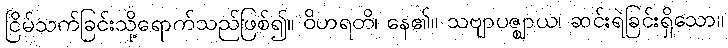
ငြိမ်သက်ခြင်းသို့ရောက်သည်ဖြစ်၍။ ဝိဟရတိ၊ နေ၏။ သဗျာပဇ္ဈာယ၊ ဆင်းရဲခြင်းရှိသော။